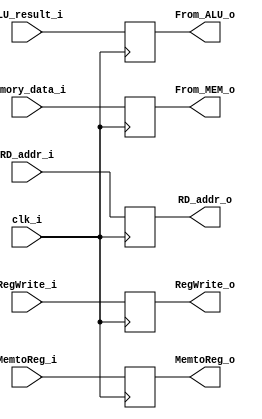
module MEM_WB(
    clk_i,
    RegWrite_i,
    MemtoReg_i,
    ALU_result_i,
    Memory_data_i,
    RD_addr_i,
    RegWrite_o,
    MemtoReg_o,
    From_MEM_o, //to memtoreg mux
    From_ALU_o,
    RD_addr_o
);
input           clk_i;
input           RegWrite_i,MemtoReg_i;
output          RegWrite_o,MemtoReg_o;
input   [31:0]  ALU_result_i,Memory_data_i;
output  [31:0]  From_MEM_o,From_ALU_o;
input   [4:0]   RD_addr_i;
output  [4:0]   RD_addr_o;

reg             RegWrite_reg,MemtoReg_reg;
reg     [31:0]  ALU_result_reg,Memory_data_reg;
reg     [4:0]   RD_addr_reg;

assign RD_addr_o = RD_addr_reg;
assign From_ALU_o = ALU_result_reg;
assign From_MEM_o = Memory_data_reg;
assign RegWrite_o = RegWrite_reg;
assign MemtoReg_o = MemtoReg_reg;
always @(posedge clk_i)
begin
    RD_addr_reg <= RD_addr_i;
    ALU_result_reg <= ALU_result_i;
    Memory_data_reg <= Memory_data_i;
    RegWrite_reg <= RegWrite_i;
    MemtoReg_reg <= MemtoReg_i;
end



   
endmodule